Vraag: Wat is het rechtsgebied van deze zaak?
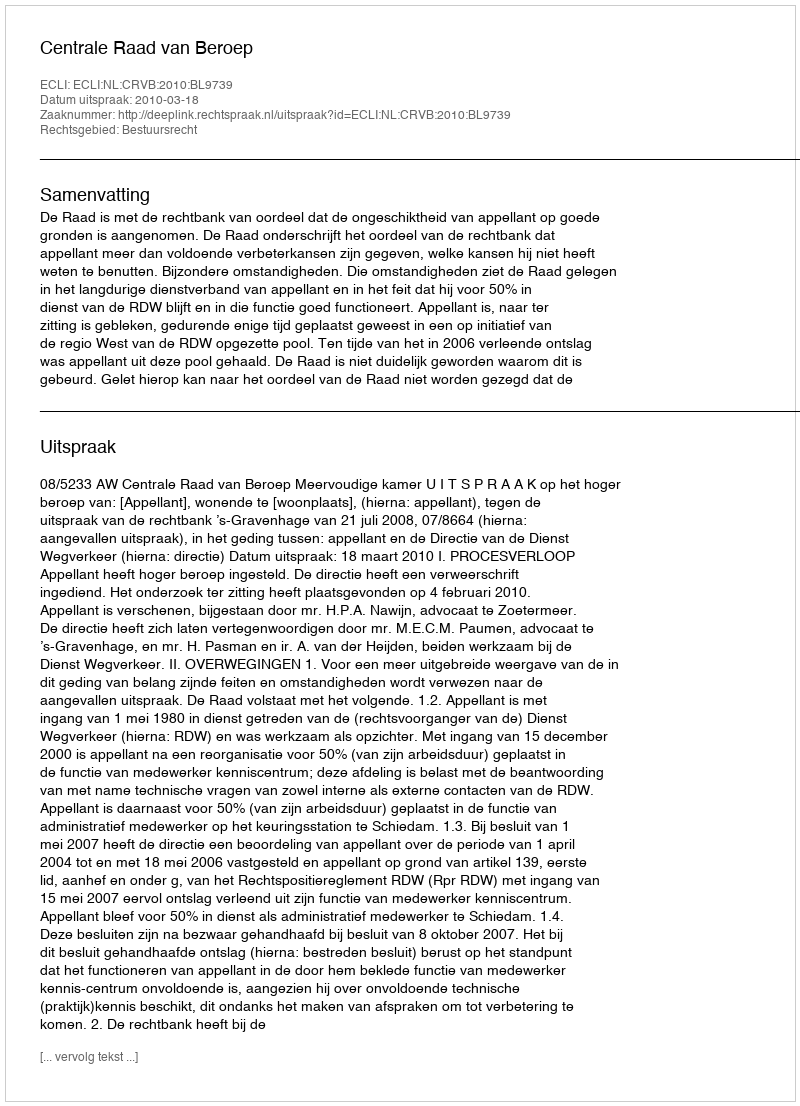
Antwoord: Bestuursrecht